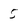
Character: 5